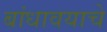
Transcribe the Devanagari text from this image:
बांधावयाचे